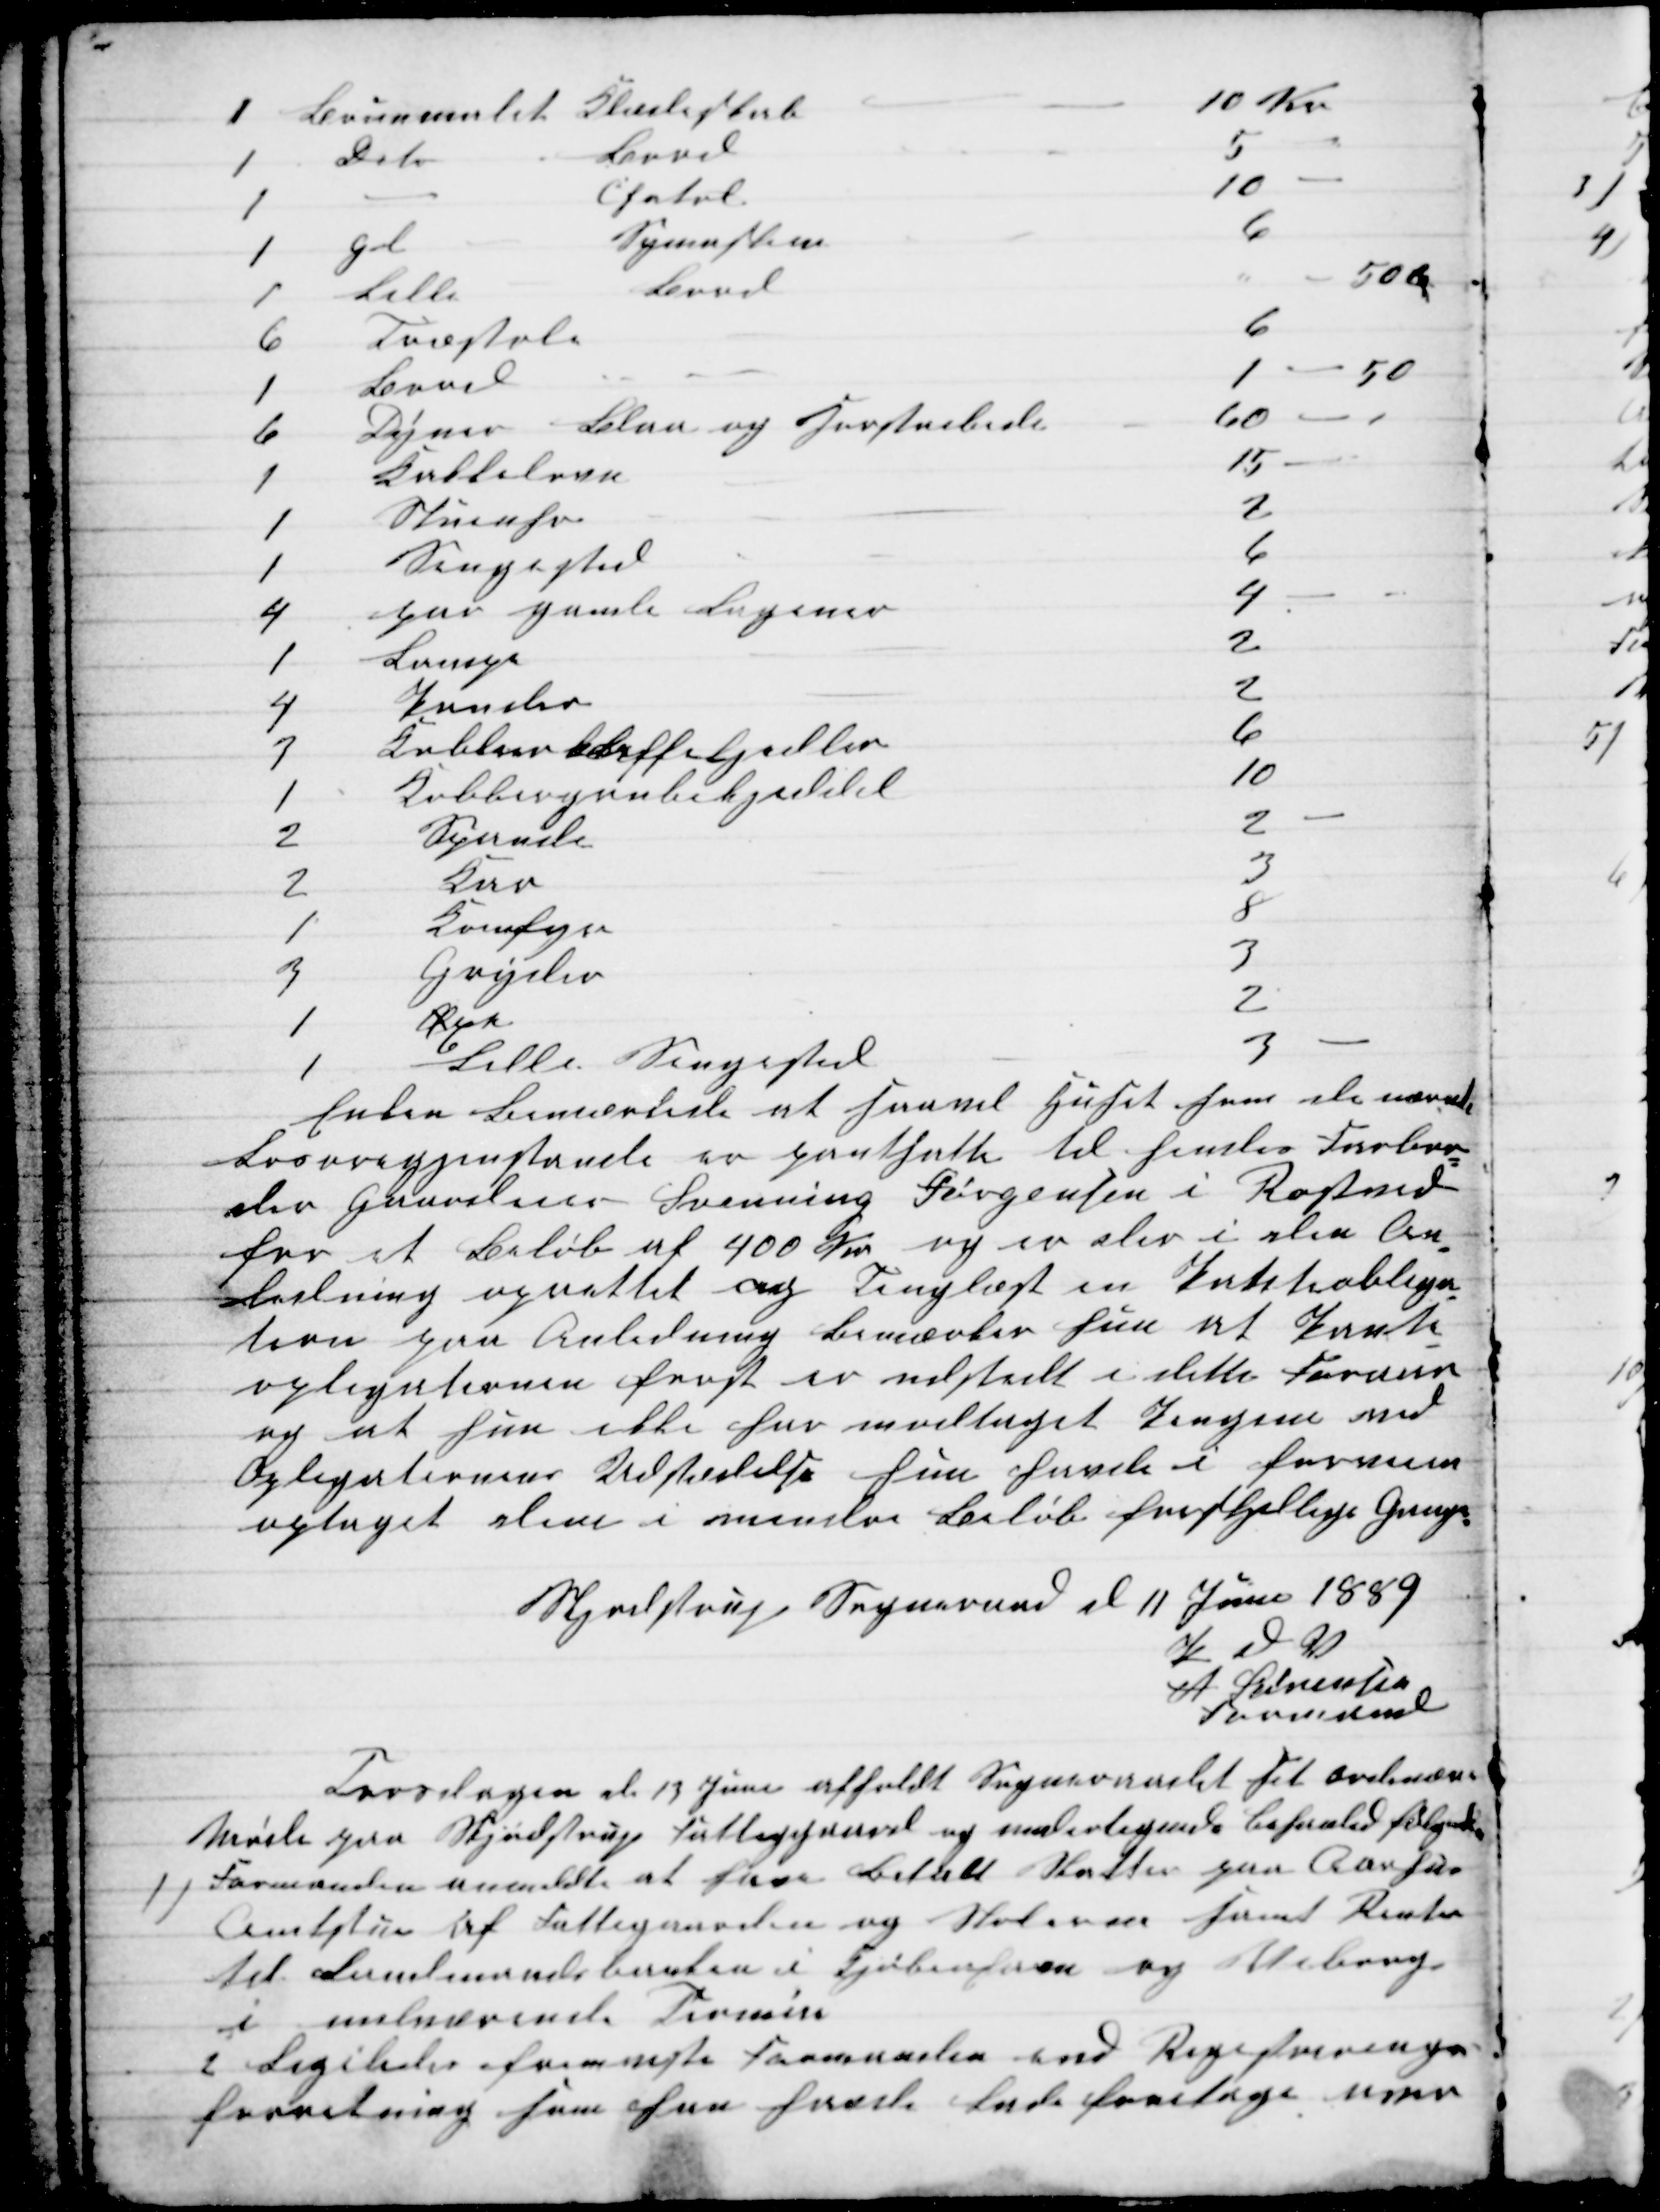
Transskription:
1
Brunmalet Klædeskab
10 Kr
1
Dito
Bord
5
1
Chatol
10
1
gl
Symaskine
6
1
Lille
Bord
50 Ø
6
Træstole
6
1
Bord
1 - 50
6
Dyner.
Blaa og Hørstribede
60 
1
Kakkelovn
15
1
Stueuhr
2
1
Sengested
6
4
par gamle Lagener
4
1
Lampe
2
4
Pander
2
3
Kobberkaffekjedler
6
1
Kobbergrubekjeddel
10
2
Spande
2
2
Kar
3
1
Komfyr
8
3
Gryder
3
1
Øxe
2
1
Lille Sengested
3
Enken bemærkede at saavel Huset som de nævnte
Løsøregjenstande er pantsatte til hendes Farbro-
der Gaardeier Svenning Jørgensen i Rostved
for et Beløb af 400 Kr og er der i den An-
ledning oprettet og Tinglæst en Panteobliga-
tion paa Anledning bemærker hun at Pante-
opligationen først er udstedt i dette Foraar
og at hun ikke har modtaget Pengene ved
Opligationens Udstedelse hun havde i forveien
optaget dem i mindre Beløb forskjellige Gange.
Skjødstrup Sogneraad d 11 Juni 1889
P U V
A Sørensen
Formand
Torsdagen af 13 Juni afholdt Sogneraadet sit ordinære
Møde paa Skjødstrup Fattiggaard og undertegnede behanlede følgende
1) 
Formanden anmeldte at have Betalt Skatter paa Aarhus
Amtstue af Fattigaarden og Skolerne samt Renter
til Landmandsbanken i Kjøbenhavn og Viborg
i indeværende Termin
2 Ligeledes fremviste Formanden end Registrerings-
forretning som han havde Lade foretage over